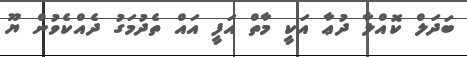
ބަދަލް ކޮއްލާ ދުޢާ އަކީި މާތް އަފީ އައް ތެދުމަގު ދެއްކެވުން ޔޫ